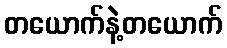
တယောက်နဲ့တယောက်